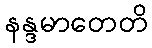
နန္ဒမာတေတိ